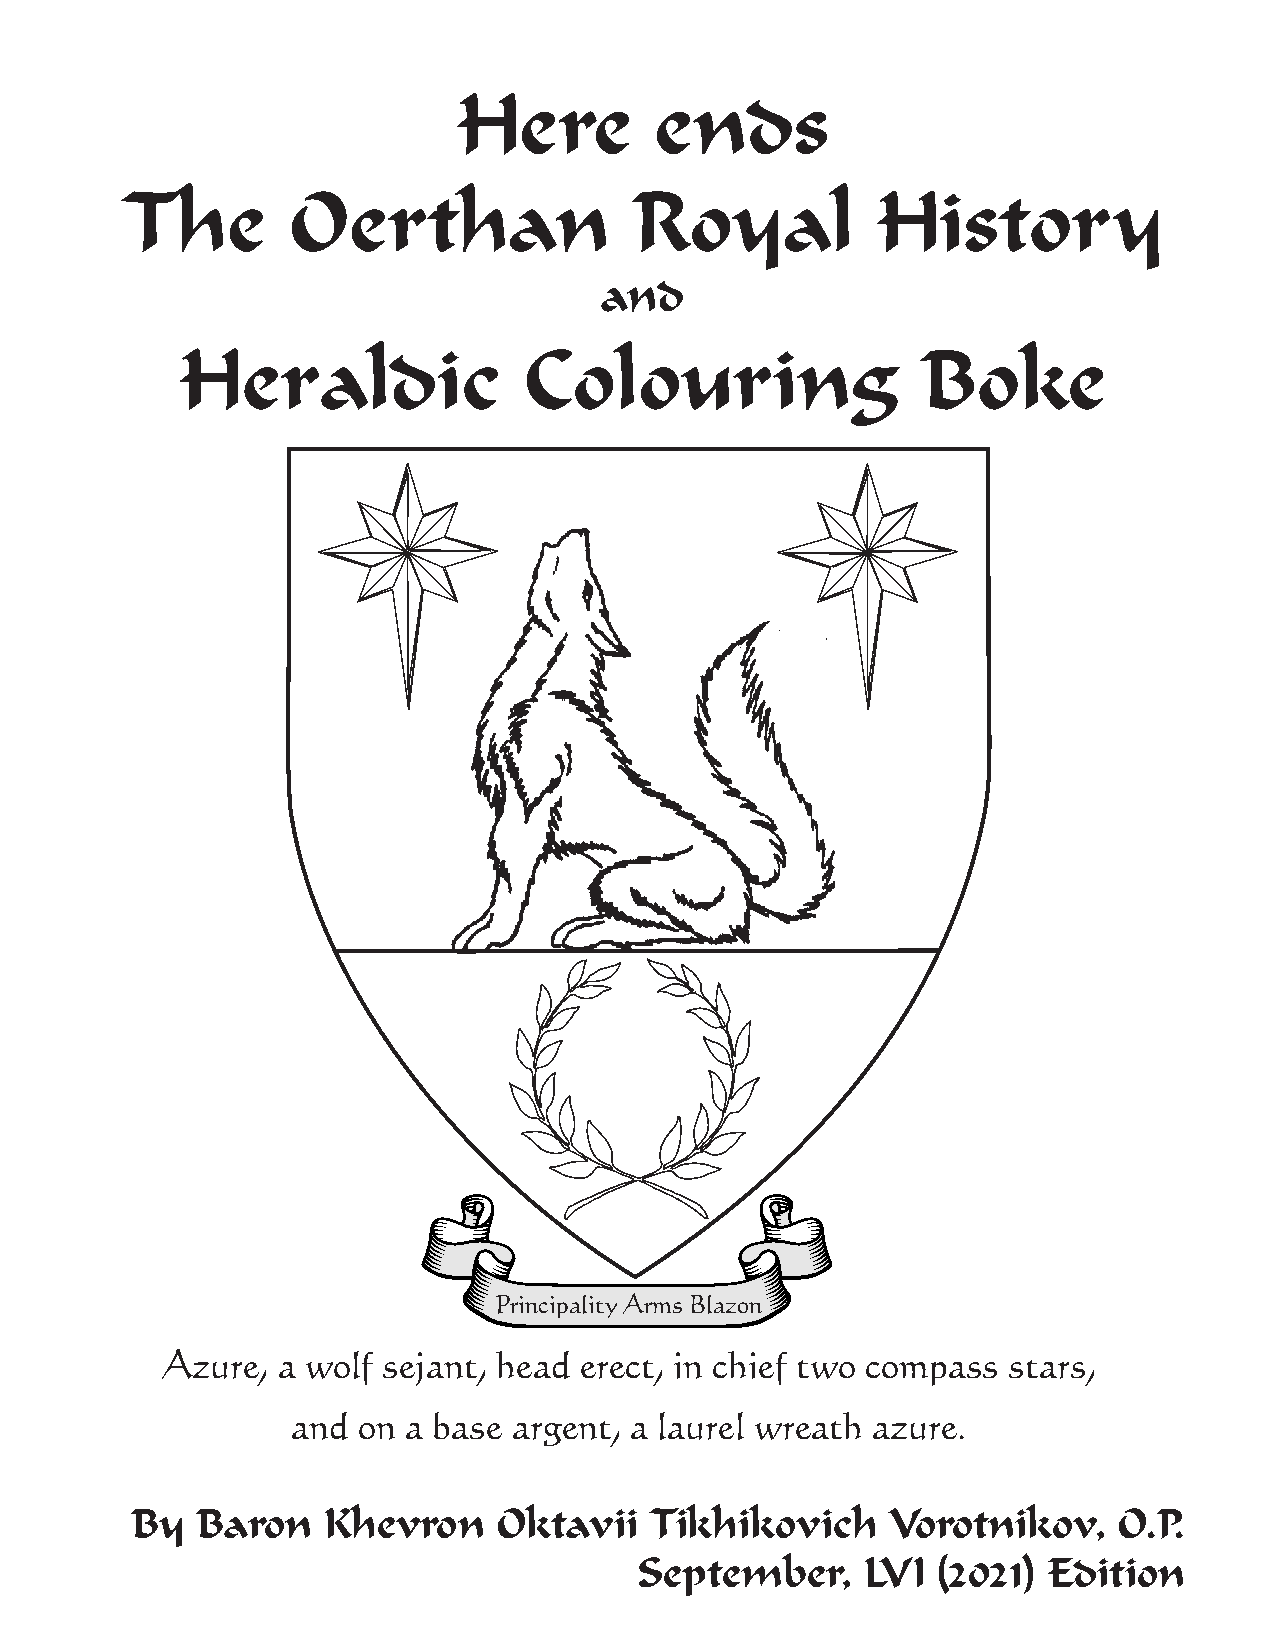
Here         ends
 The        Oerthan                Royal           History
 and
 Heraldic               Colouring                 Boke
 Principality Arms Blazon
 Azure, a wolf sejant, head erect, in chief two compass  stars,
 and  on a base argent, a laurel wreath azure.
 By  Baron   Khevron     Oktavii   Tikhikovich     Vorotnikov,    O.P.
 September,     LVI  (2021) Edition